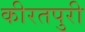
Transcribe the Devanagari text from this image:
कीरतपुरी